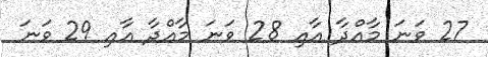
27 ވަނަ މާއްދާ އާއި 28 ވަނަ މާއްދާ އާއި 29 ވަނަ